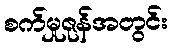
စက်မှုဇုန်အတွင်း